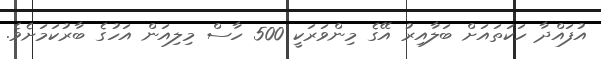
އުފައްދާ ހަކަތައަށް ބަލާއިރު އޭގެ މިންވަރަކީ 500 ހާސް މިލިއަން އަހުގެ ބާރުކަމަށެވެ.